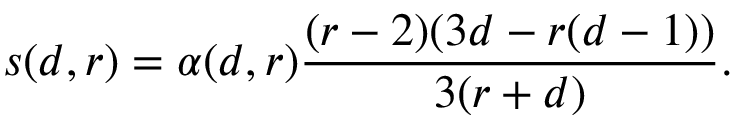
s ( d , r ) = \alpha ( d , r ) \frac { ( r - 2 ) ( 3 d - r ( d - 1 ) ) } { 3 ( r + d ) } .